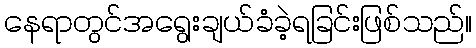
နေရာတွင်အရွေးချယ်ခံခဲ့ရခြင်းဖြစ်သည်။